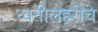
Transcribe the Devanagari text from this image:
ध्वनीलहरींचे